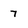
Character: 7